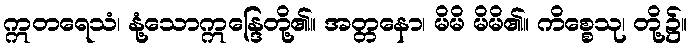
ဣတရေသံ၊ နုံ့သောဣန္ဒြေတို့၏။ အတ္တနော၊ မိမိ မိမိ၏။ ကိစ္စေသု၊ တို့၌။